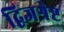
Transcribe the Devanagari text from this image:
द्विजश्रेष्ट